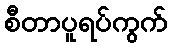
စီတာပူရပ်ကွက်